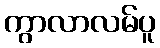
ကွာလာလမ်ပူ